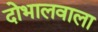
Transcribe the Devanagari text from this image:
दोभालवाला